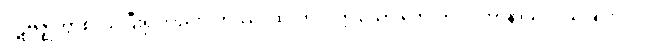
ပဋိဗုဇ္ဈိတွာစ၊ သိပြီး၍လည်း။ တဿ၊ ထိုလာလတ္တံ့သော ဘေးကို။ ပဟာနာယ၊ ပယ်ခြင်းငှာ။